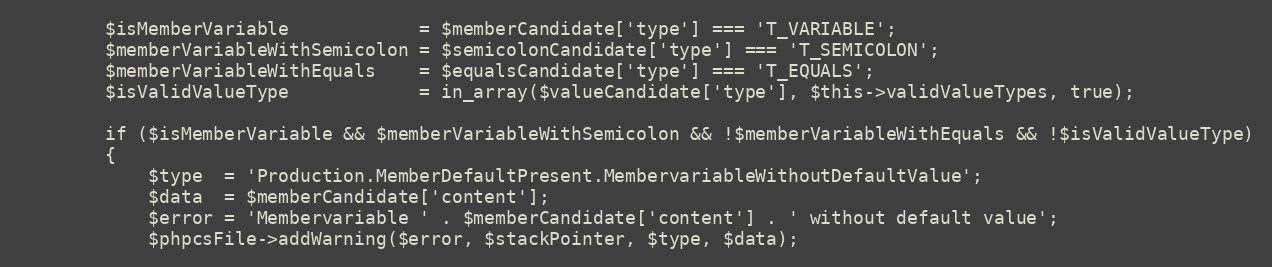
Language: PHP
        $isMemberVariable            = $memberCandidate['type'] === 'T_VARIABLE';
        $memberVariableWithSemicolon = $semicolonCandidate['type'] === 'T_SEMICOLON';
        $memberVariableWithEquals    = $equalsCandidate['type'] === 'T_EQUALS';
        $isValidValueType            = in_array($valueCandidate['type'], $this->validValueTypes, true);

        if ($isMemberVariable && $memberVariableWithSemicolon && !$memberVariableWithEquals && !$isValidValueType)
        {
            $type  = 'Production.MemberDefaultPresent.MembervariableWithoutDefaultValue';
            $data  = $memberCandidate['content'];
            $error = 'Membervariable ' . $memberCandidate['content'] . ' without default value';
            $phpcsFile->addWarning($error, $stackPointer, $type, $data);